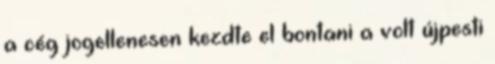
a cég jogellenesen kezdte el bontani a volt újpesti